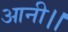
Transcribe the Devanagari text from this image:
आनी।।